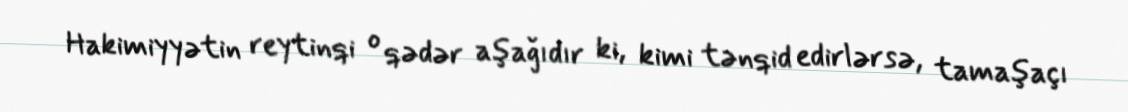
Hakimiyyətin reytinqi o qədər aşağıdır ki, kimi tənqid edirlərsə, tamaşaçı